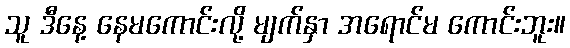
သူ ဒီနေ့ နေမကောင်းလို့ မျက်နှာ အရောင်မ ကောင်းဘူး။